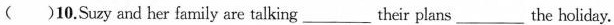
( )10.Suzy and her family are talking__their plans__the holiday.